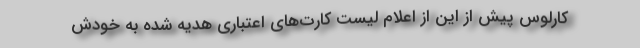
کارلوس پیش از این از اعلام لیست کارت‌های اعتباری هدیه شده به خودش